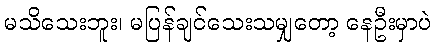
မသိသေးဘူး၊ မပြန်ချင်သေးသမျှတော့ နေဦးမှာပဲ